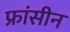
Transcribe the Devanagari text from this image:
फ्रांसीन